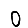
Digit: 0